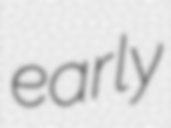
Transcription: early